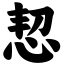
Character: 恝